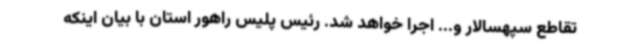
تقاطع سپهسالار و... اجرا خواهد شد. رئیس پلیس راهور استان با بیان اینکه